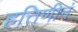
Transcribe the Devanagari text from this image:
हत्तिणीनं